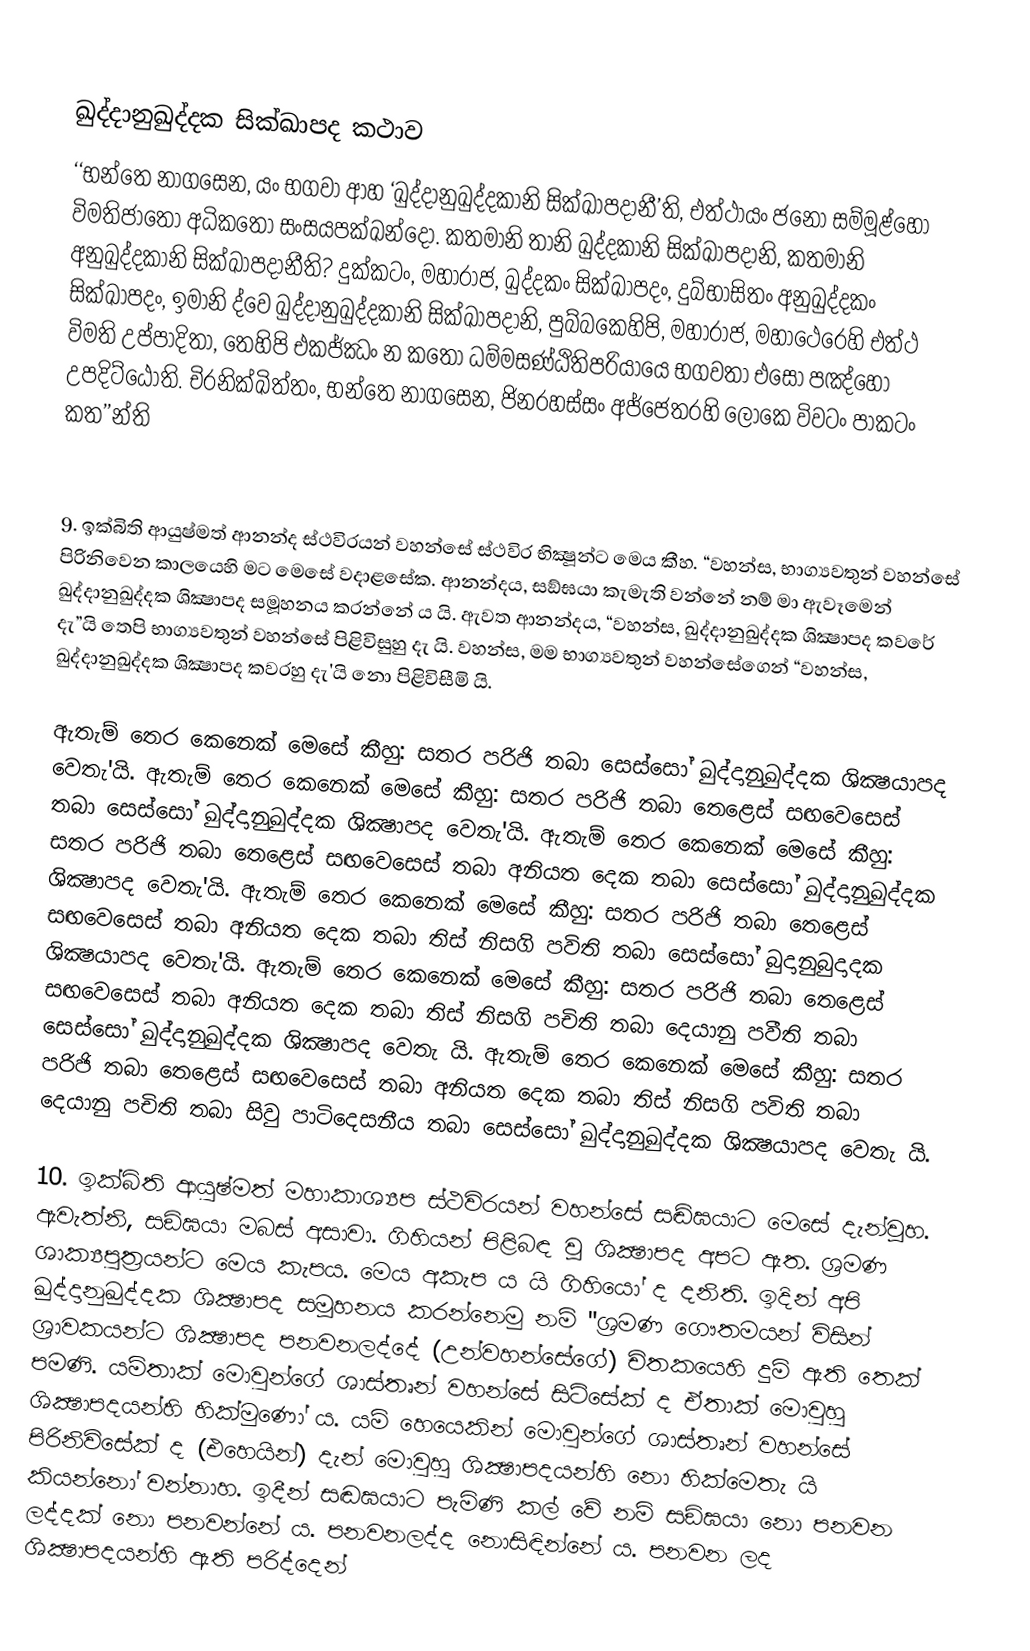

ඛුද්දානුඛුද්දක සික්ඛාපද කථාව
‘‘භන්තෙ නාගසෙන, යං භගවා ආහ ‘ඛුද්දානුඛුද්දකානි සික්ඛාපදානී’ති, එත්ථායං ජනො සම්මූළ්හො විමතිජාතො අධිකතො සංසයපක්ඛන්දො. කතමානි තානි ඛුද්දකානි සික්ඛාපදානි, කතමානි අනුඛුද්දකානි සික්ඛාපදානීති? දුක්කටං, මහාරාජ, ඛුද්දකං සික්ඛාපදං, දුබ්භාසිතං අනුඛුද්දකං සික්ඛාපදං, ඉමානි ද්වෙ ඛුද්දානුඛුද්දකානි සික්ඛාපදානි, පුබ්බකෙහිපි, මහාරාජ, මහාථෙරෙහි එත්ථ විමති උප්පාදිතා, තෙහිපි එකජ්ඣං න කතො ධම්මසණ්ඨිතිපරියායෙ භගවතා එසො පඤ්හො උපදිට්ඨොති. චිරනික්ඛිත්තං, භන්තෙ නාගසෙන, ජිනරහස්සං අජ්ජෙතරහි ලොකෙ විවටං පාකටං කත’’න්ති

   

9. ඉක්බිති ආයුෂ්මත් ආනන්ද ස්ථවිරයන් වහන්සේ ස්ථවිර භික්‍ෂූන්ට මෙය කීහ. “වහන්ස, භාග්‍යවතුන් වහන්සේ පිරිනිවෙන කාලයෙහි මට මෙසේ වදාළසේක. ආනන්දය, සඞ්ඝයා කැමැති වන්නේ නම් මා ඇවෑමෙන් ඛුද්දානුඛුද්දක ශික්‍ෂාපද සමූහනය කරන්නේ ය යි. ඇවත ආනන්දය, “වහන්ස, ඛුද්දානුඛුද්දක ශික්‍ෂාපද කවරේ දැ”යි තෙපි භාග්‍යවතුන් වහන්සේ පිළිවිසුහු දැ යි. වහන්ස, මම භාග්‍යවතුන් වහන්සේගෙන් “වහන්ස, ඛුද්දානුඛුද්දක ශික්‍ෂාපද කවරහු දැ'යි නො පිළිවිසීමි යි.

ඇතැම් තෙර කෙනෙක් මෙසේ කීහු: සතර පරිජි තබා සෙස්සෝ ඛුද්දානුඛුද්දක ශික්‍ෂයාපද වෙතැ'යි. ඇතැම් තෙර කෙනෙක් මෙසේ කීහු: සතර පරිජි තබා තෙළෙස් සඟවෙසෙස් තබා සෙස්සෝ ඛුද්දානුඛුද්දක ශික්‍ෂාපද වෙතැ'යි. ඇතැම් තෙර කෙනෙක් මෙසේ කීහු: සතර පරිජි තබා තෙළෙස් සඟවෙසෙස් තබා අනියත දෙක තබා සෙස්සෝ ඛුද්දානුඛුද්දක ශික්‍ෂාපද වෙතැ'යි. ඇතැම් තෙර කෙනෙක් මෙසේ කීහු: සතර පරිජි තබා තෙළෙස් සඟවෙසෙස් තබා අනියත දෙක තබා තිස් නිසගි පවිති තබා සෙස්සෝ බුදානුබුදාදක ශික්‍ෂයාපද වෙතැ'යි. ඇතැම් තෙර කෙනෙක් මෙසේ කීහු: සතර පරිජි තබා තෙළෙස් සඟවෙසෙස් තබා අනියත දෙක තබා තිස් නිසගි පචිති තබා දෙයානු පවීති තබා සෙස්සෝ ඛුද්දානුඛුද්දක ශික්‍ෂාපද වෙතැ යි. ඇතැම් තෙර කෙනෙක් මෙසේ කීහු: සතර පරිජි තබා තෙළෙස් සඟවෙසෙස් තබා අනියත දෙක තබා තිස් නිසගි පවිති තබා දෙයානු පචිති තබා සිවු පාටිදෙසනීය තබා සෙස්සෝ ඛුද්දානුඛුද්දක ශික්‍ෂයාපද වෙතැ යි.

10. ඉක්බිති ආයුෂ්මත් මහාකාශ්‍යප ස්ථවිරයන් වහන්සේ සඬ්ඝයාට මෙසේ දැන්වූහ. ඇවැත්නි, සඞ්ඝයා මබස් අසාවා. ගිහියන් පිළිබඳ වූ ශික්‍ෂාපද අපට ඇත. ශ්‍රමණ ශාක්‍යපුත්‍රයන්ට මෙය කැපය. මෙය අකැප ය යි ගිහියෝ ද දනිති. ඉදින් අපි ඛුද්දානුඛුද්දක ශික්‍ෂාපද සමූහනය කරන්නෙමු නම් "ශ්‍රමණ ගෞතමයන් විසින් ශ්‍රාවකයන්ට ශික්‍ෂාපද පනවනලද්දේ (උන්වහන්සේගේ) චිතකයෙහි දුම් ඇති තෙක් පමණි. යම්තාක් මොවුන්ගේ ශාස්තෘන් වහන්සේ සිටිසේක් ද ඒතාක් මොවුහු ශික්‍ෂාපදයන්හි හික්මුණෝ ය. යම් හෙයෙකින් මොවුන්ගේ ශාස්තෘන් වහන්සේ පිරිනිවිසේක් ද (එහෙයින්) දැන් මොවුහු ශික්‍ෂාපදයන්හි නො හික්මෙතැ යි කියන්නෝ වන්නාහ. ඉදීන් සඬඝයාට පැමිණි කල් වේ නම් සඞ්ඝයා නො පනවන ලද්දක් නො පනවන්නේ ය. පනවනලද්ද නොසිඳින්නේ ය. පනවන ලද ශික්‍ෂාපදයන්හි ඇති පරිද්දෙන්